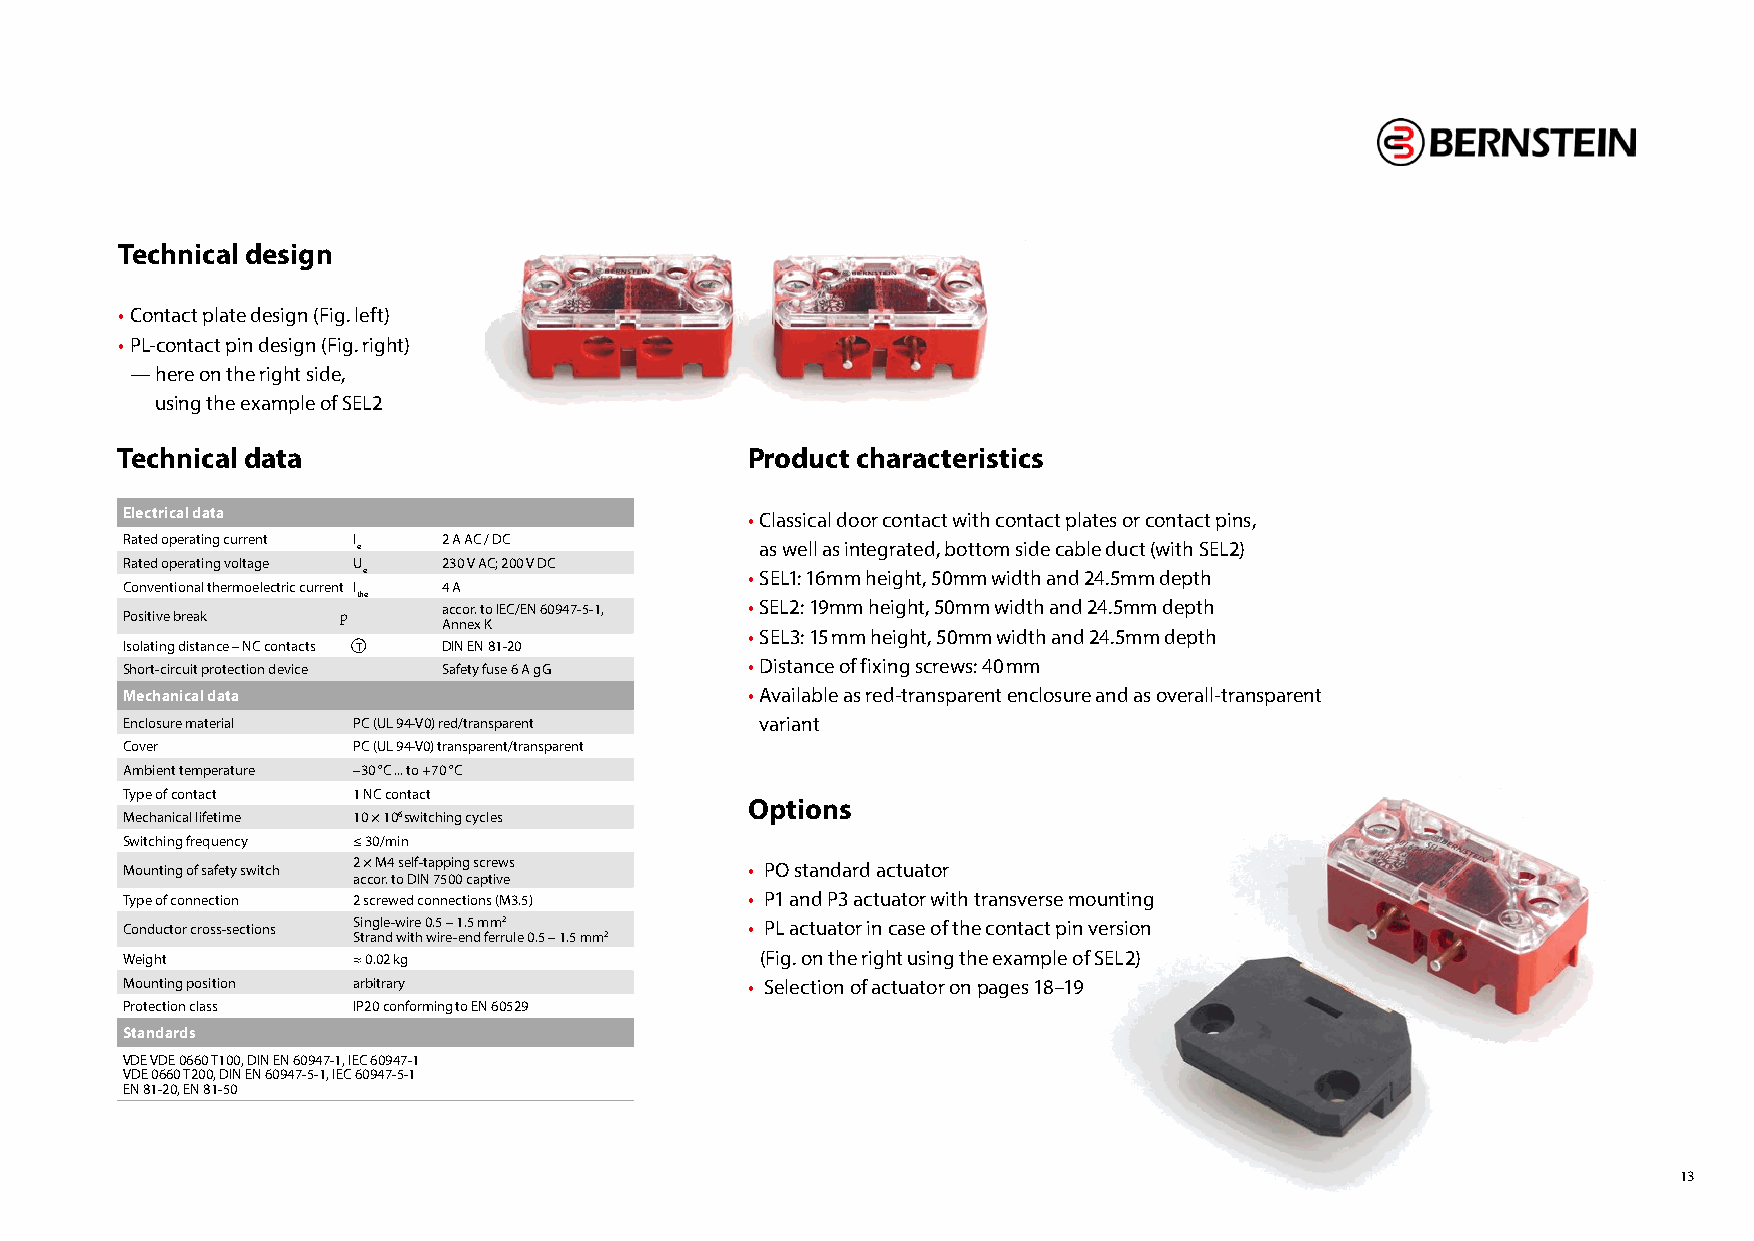
Technical design
 • Contact plate design (Fig. left)
 • PL-contact pin design (Fig. right)
 — here on the right side,
 using the example of SEL2
 Technical data                           Product characteristics
 Electrical data                          • Classical door contact with contact plates or contact pins,
 Rated operating current I 2 A AC / DC
 e                         as well as integrated, bottom side cable duct (with SEL2)
 Rated operating voltage U 230 V AC; 200 V DC
 e                        • SEL1: 16mm height, 50mm width and 24.5mm depth
 Conventional thermoelectric current I 4 A
 the
 accor. to IEC/EN 60947-5-1, • SEL2: 19mm height, 50mm width and 24.5mm depth
 Positive break �     Annex K
 • SEL3: 15 mm height, 50mm width and 24.5mm depth
 Isolating distance – NC contacts T DIN EN 81-20
 • Distance of fixing screws: 40 mm
 Short-circuit protection device Safety fuse 6 A gG
 Mechanical data                          • Available as red-transparent enclosure and as overall-transparent
 Enclosure material PC (UL 94-V0) red/transparent variant
 Cover          PC (UL 94-V0) transparent/transparent
 Ambient temperature –30 °C ... to +70 °C
 Type of contact 1 NC contact
 Options
 Mechanical lifetime 10 × 106 switching cycles
 Switching frequency ≤ 30/min
 Mounting of safety switch 2 × M4 self-tapping screws • PO standard actuator
 accor. to DIN 7500 captive
 Type of connection 2 screwed connections (M3.5) • P1 and P3 actuator with transverse mounting
 Conductor cross-sections Single-wire 0.5 – 1.5 mm2 • PL actuator in case of the contact pin version
 Strand with wire-end ferrule 0.5 – 1.5 mm2
 Weight         ≈ 0.02 kg                  (Fig. on the right using the example of SEL2)
 Mounting position arbitrary               • Selection of actuator on pages 18–19
 Protection class IP20 conforming to EN 60529
 Standards
 VDE VDE 0660 T100, DIN EN 60947-1, IEC 60947-1
 VDE 0660 T200, DIN EN 60947-5-1, IEC 60947-5-1
 EN 81-20, EN 81-50
 13